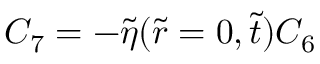
C _ { 7 } = - \tilde { \eta } ( \tilde { r } = 0 , \tilde { t } ) C _ { 6 }